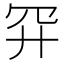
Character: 𮶇